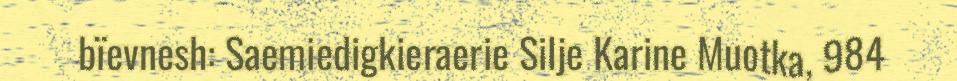
bïevnesh: Saemiedigkieraerie Silje Karine Muotka, 984